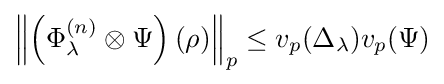
\left\|\left(\Phi _{\lambda }^{(n)}\otimes \Psi \right)(\rho )\right\|_{p}\leq v_{p}(\Delta _{\lambda })v_{p}(\Psi )